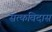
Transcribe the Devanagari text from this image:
सत्कविदास